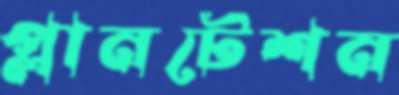
প্লানটেশন